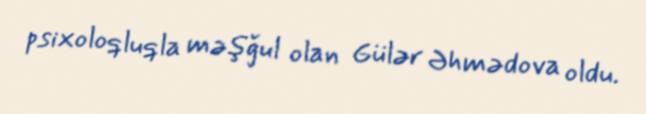
psixoloqluqla məşğul olan Gülər Əhmədova oldu.